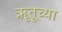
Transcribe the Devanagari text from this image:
ॠतूच्या